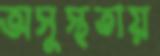
অসুস্থতায়